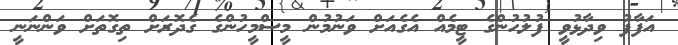
އަފާފު ވިދާޅުވީ ފުލުހުންގެ ޓީމެއް އެގެއަށް ވަނުމުން މީސްމީހުންގެ ގެދޮރަށް ތިގޮތަށް ވަންނަނީ